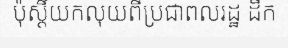
ប៉ុស្តិ៍យកលុយពីប្រជាពលរដ្ឋ ដឹក